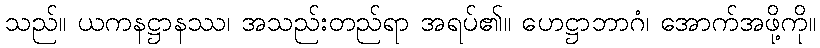
သည်။ ယကနဋ္ဌာနဿ၊ အသည်းတည်ရာ အရပ်၏။ ဟေဋ္ဌာဘာဂံ၊ အောက်အဖို့ကို။